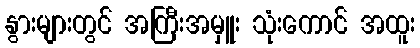
နွားများတွင် အကြီးအမှူး သုံးကောင် အထူး